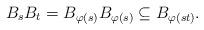
LaTeX: \begin{align*}B_sB_t=B_{\varphi(s)}B_{\varphi(s)}\subseteq B_{\varphi(st)}.\end{align*}